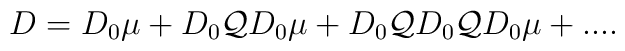
D=D_0 \mu+D_0{\mathcal Q}D_0 \mu+D_0{\mathcal Q}D_0{\mathcal Q}D_0\mu+....